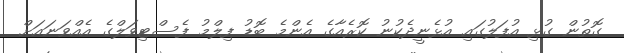
ގޮތުން ގުޅި އުފަލުގައި އުޅެނީދެކުނު ކޮރެއާގެ އެންމެ ބޮޑު ފިލްމު ފެސްޓިވަލްގެ އެއްވަނައަށް